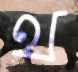
থ